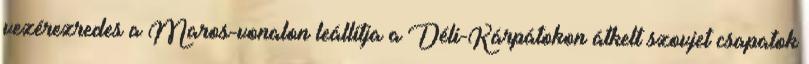
vezérezredes a Maros-vonalon leállítja a Déli-Kárpátokon átkelt szovjet csapatok